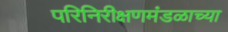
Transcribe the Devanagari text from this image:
परिनिरीक्षणमंडळाच्या